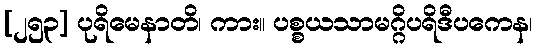
[၂၅၃] ပုရိမေနာတိ၊ ကား။ ပစ္စယသာမဂ္ဂိပရိဒီပကေန၊